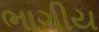
ભાગીય